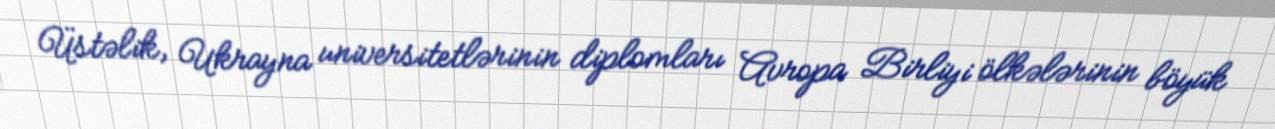
Üstəlik, Ukrayna universitetlərinin diplomları Avropa Birliyi ölkələrinin böyük